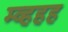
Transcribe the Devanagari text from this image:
म्व्हहह